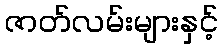
ဇာတ်လမ်းများနှင့်